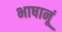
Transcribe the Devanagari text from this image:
भाषानूं